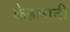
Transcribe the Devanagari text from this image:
केहलाती